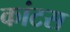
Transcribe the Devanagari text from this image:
कांटस